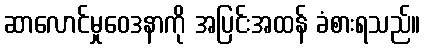
ဆာလောင်မှုဝေဒနာကို အပြင်းအထန် ခံစားရသည်။